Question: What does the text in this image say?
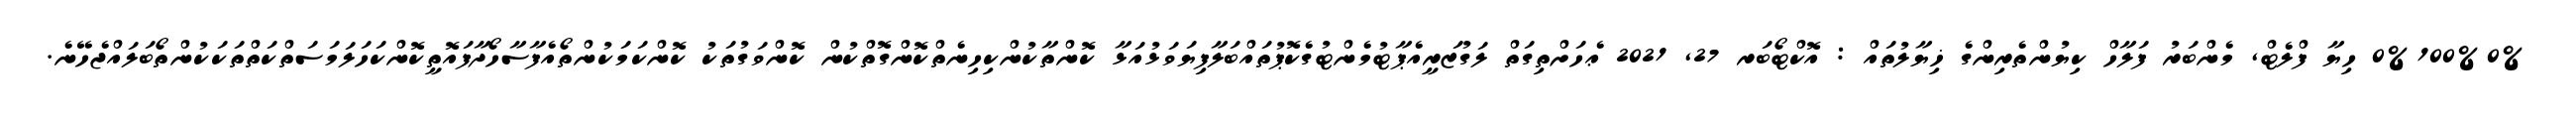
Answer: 0%100%0% ހިޔާ ފްލެޓް, މެންބަރު ފަލާހް ކިޔުންތެރިންގެ ޚިޔާލުތައް : އޮކްޓޯބަރ 27, 2021 ޢެހަށްތިގަތް ލަގުޒަރީއެޕާޓުމެންޓުގެކޮޕުތައްބަލާފިޔަވަޅުއަޅާ ކޮންތާކުންކިހިނެތްކޮންގޮތްކުން ކޮންވަގުތަކު ކޮންކަމަކުންތޯއެފާސާހޯދާފައޮތީކޮންކަހަލަމަސަތްކަތްތަކަކުންތޯބަލައްޖެހޭނެ.